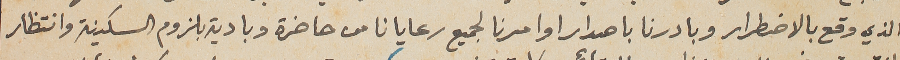
الذي وقع بالاضطرار وبادرنا باصدار اوامرنا لجميع رعايانا من حاضرة وبادية بلزوم السكينة وانتظار